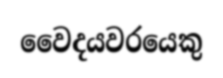
වෛදයවරයෙකු